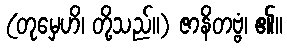
(တုမှေဟိ၊ တို့သည်။) ဇာနိတဗ္ဗံ၊ ၏။